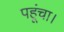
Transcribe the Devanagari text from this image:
पहूंचा।